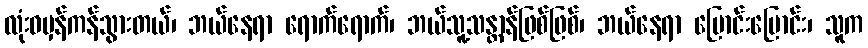
လုံးဝမှန်ကန်သွားတယ်၊ ဘယ်နေရာ ရောက်ရောက်၊ ဘယ်သူ့သန္တာန်ဖြစ်ဖြစ်၊ ဘယ်နေရာ ပြောင်းပြောင်း၊ သူက